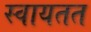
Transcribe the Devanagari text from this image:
स्वायतत